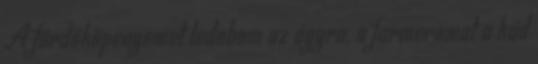
A fürdőköpenyemet ledobom az ágyra, a farmeromat a kád